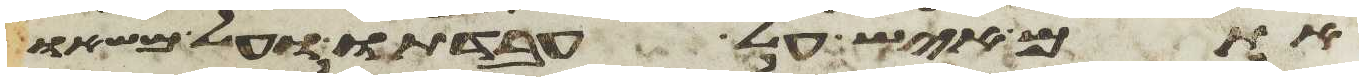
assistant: אתם איש על עבדתו ועל משאו